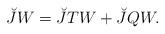
LaTeX: \begin{align*}\breve{J}W=\breve{J}TW+\breve{J}QW. \end{align*}